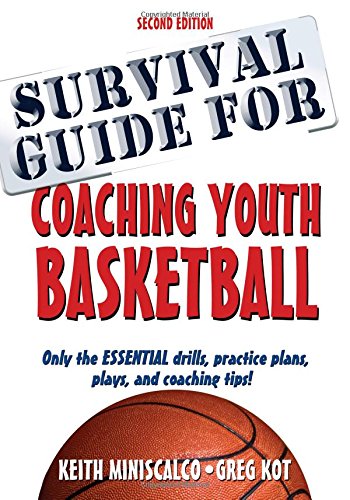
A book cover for Survival Guide for Coaching Youth Basketball 2nd Edition; Keith Miniscalco; Sports & Outdoors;